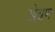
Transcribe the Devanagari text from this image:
खेत्रण